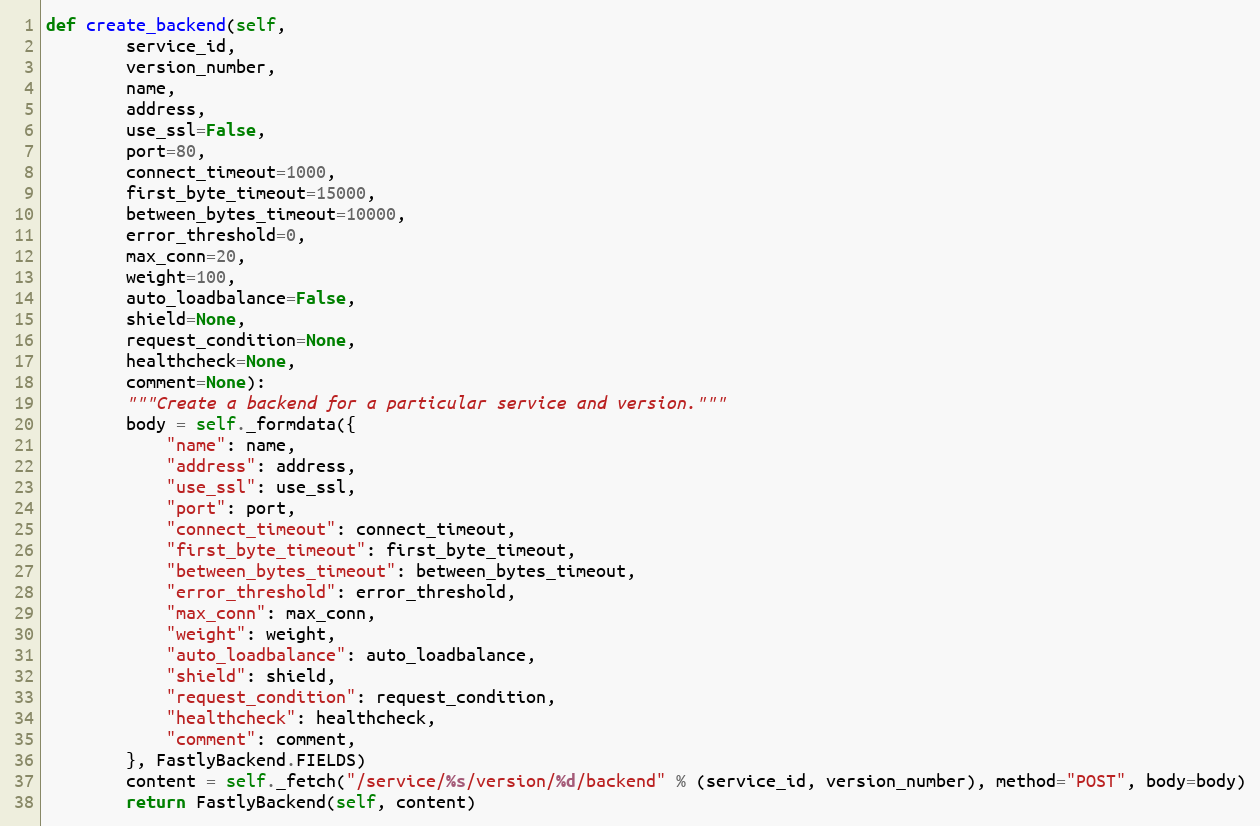
Language: Python
def create_backend(self,
		service_id,
		version_number,
		name,
		address,
		use_ssl=False,
		port=80,
		connect_timeout=1000,
		first_byte_timeout=15000,
		between_bytes_timeout=10000,
		error_threshold=0,
		max_conn=20,
		weight=100,
		auto_loadbalance=False,
		shield=None,
		request_condition=None,
		healthcheck=None,
		comment=None):
		"""Create a backend for a particular service and version."""
		body = self._formdata({
			"name": name,
			"address": address,
			"use_ssl": use_ssl,
			"port": port,
			"connect_timeout": connect_timeout,
			"first_byte_timeout": first_byte_timeout,
			"between_bytes_timeout": between_bytes_timeout,
			"error_threshold": error_threshold,
			"max_conn": max_conn,
			"weight": weight,
			"auto_loadbalance": auto_loadbalance,
			"shield": shield,
			"request_condition": request_condition,
			"healthcheck": healthcheck,
			"comment": comment,
		}, FastlyBackend.FIELDS)
		content = self._fetch("/service/%s/version/%d/backend" % (service_id, version_number), method="POST", body=body)
		return FastlyBackend(self, content)